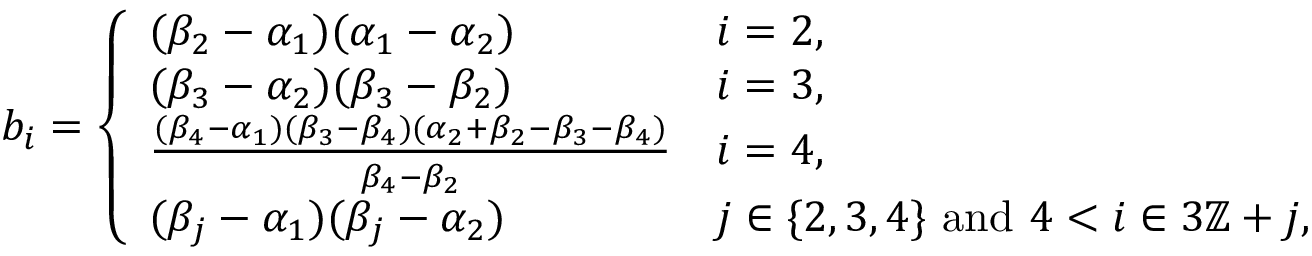
b _ { i } = \left\{ \begin{array} { l l } { ( \beta _ { 2 } - \alpha _ { 1 } ) ( \alpha _ { 1 } - \alpha _ { 2 } ) } & { i = 2 , } \\ { ( \beta _ { 3 } - \alpha _ { 2 } ) ( \beta _ { 3 } - \beta _ { 2 } ) } & { i = 3 , } \\ { \frac { ( \beta _ { 4 } - \alpha _ { 1 } ) ( \beta _ { 3 } - \beta _ { 4 } ) ( \alpha _ { 2 } + \beta _ { 2 } - \beta _ { 3 } - \beta _ { 4 } ) } { \beta _ { 4 } - \beta _ { 2 } } } & { i = 4 , } \\ { ( \beta _ { j } - \alpha _ { 1 } ) ( \beta _ { j } - \alpha _ { 2 } ) } & { j \in \{ 2 , 3 , 4 \} \mathrm { ~ a n d ~ } 4 < i \in 3 \mathbb { Z } + j , } \end{array} \right.